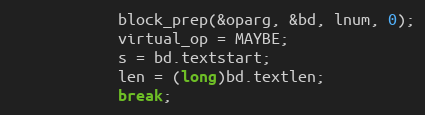
Language: C
			block_prep(&oparg, &bd, lnum, 0);
			virtual_op = MAYBE;
			s = bd.textstart;
			len = (long)bd.textlen;
			break;